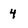
Character: 4